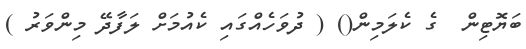
ބަޔޮޓިން  ގެ ކެލަމިން() ( ދުވަހެއްގައި ކެއުމަށް ލަފާދޭ މިންވަރު )